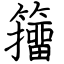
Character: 籒